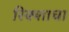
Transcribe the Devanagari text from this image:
रिक्शाचा